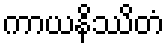
ကာယနိဿိတံ